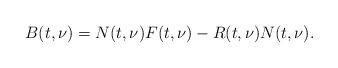
LaTeX: \begin{align*} B(t,\nu) = N(t,\nu) F(t,\nu)-R(t,\nu) N(t,\nu).\end{align*}